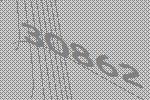
30862